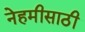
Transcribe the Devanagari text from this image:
नेहमीसाठी